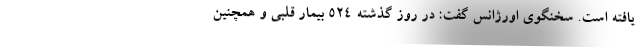
یافته است. سخنگوی اورژانس گفت: در روز گذشته ۵۲۴ بیمار قلبی و همچنین